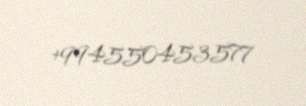
+994550453577